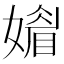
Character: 𡡾